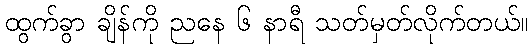
ထွက်ခွာ ချိန်ကို ညနေ ၆ နာရီ သတ်မှတ်လိုက်တယ်။